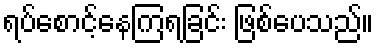
ရပ်စောင့်နေကြရခြင်း ဖြစ်ပေသည်။